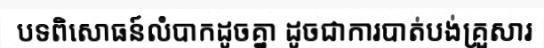
បទពិសោធន៍លំបាកដូចគ្នា ដូចជាការបាត់បង់គ្រួសារ